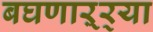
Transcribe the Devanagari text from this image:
बघणाऱ्र्‍या